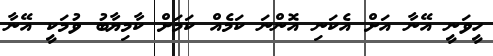
ހީވަނީ އޭނާ އަށް އެކަނި އޮންނަ ކަމެއް ކަމަށް ކާމިޔާބު ވުމަކީ އޭނާ